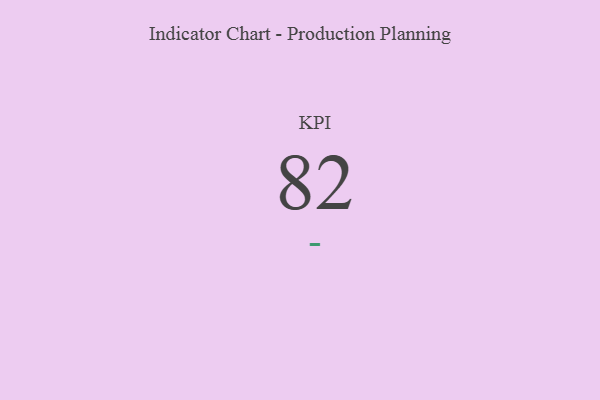
{"axis": {"x": "KPI", "y": "Value"}, "legend": [""], "data": [{"x": "KPI", "y": 82, "type": ""}]}